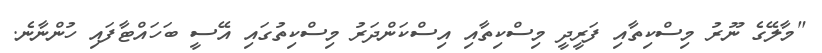
"މާލޭގެ ނޫރު މިސްކިތާއި ފަރީދީ މިސްކިތާއި އިސްކަންދަރު މިސްކިތުގައި އޭސީ ބަހައްޓާފައި ހުންނާނެ.